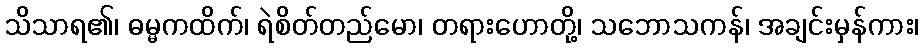
သိသာရ၏၊ ဓမ္မကထိက်၊ ရဲစိတ်တည်မော၊ တရားဟောတို့၊ သဘောသကန်၊ အချင်းမှန်ကား၊